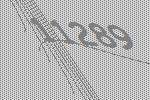
11289